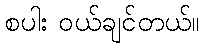
စပါး ဝယ်ချင်တယ်။